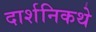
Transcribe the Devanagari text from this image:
दार्शनिकथे